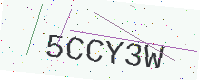
Text: 5CCY3W